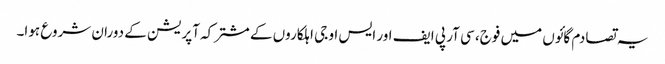
یہ تصادم گائوں میں فوج، سی آر پی ایف اور ایس او جی اہلکاروں کے مشترکہ آپریشن کے دوران شروع ہوا۔